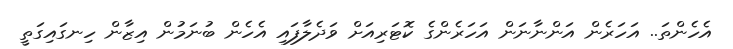
އެހެންތަ.. އަހަރެން އަންނާނަން އަހަރެންގެ ކޮޓަރިއަށް ވަދެލާފައި އެހެން ބުނަމުން އިޒާން ހިނގައިގަތީ